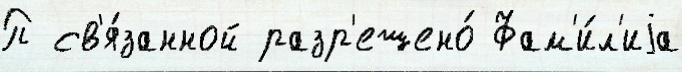
П св'я́занной разр'ешено́ Фам'и́л'иjа